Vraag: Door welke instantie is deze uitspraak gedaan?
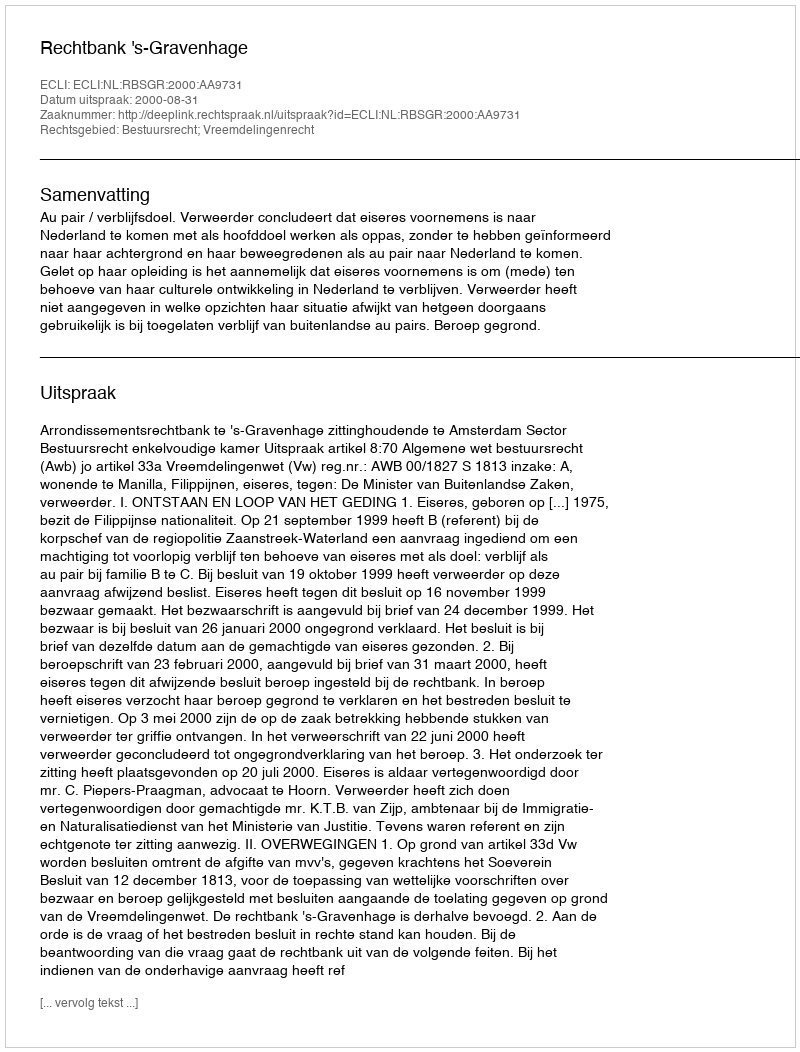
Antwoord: Rechtbank 's-Gravenhage